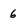
Character: 6